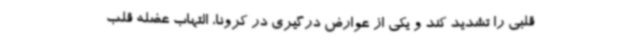
قلبی را تشدید کند و یکی از عوارض درگیری در کرونا، التهاب عضله قلب